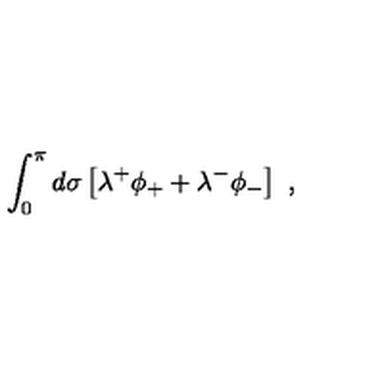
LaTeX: \int _ { 0 } ^ { \pi } d \sigma \left[ \lambda ^ { + } \phi _ { + } + \lambda ^ { - } \phi _ { - } \right] \ ,